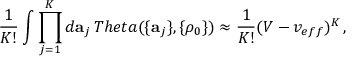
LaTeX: \frac { 1 } { K ! } \int \prod _ { j = 1 } ^ { K } d { \bf a } _ { j } \, T h e t a ( \{ { \bf a } _ { j } \} , \{ \rho _ { 0 } \} ) \approx \frac { 1 } { K ! } ( V - v _ { e f f } ) ^ { K } \, ,